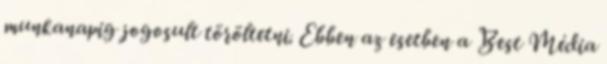
munkanapig jogosult töröltetni. Ebben az esetben a Best Média